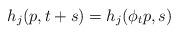
LaTeX: \begin{align*}h_j(p,t+s) = h_j(\phi_tp,s)\end{align*}